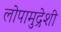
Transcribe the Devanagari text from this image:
लोपामुद्रेशी